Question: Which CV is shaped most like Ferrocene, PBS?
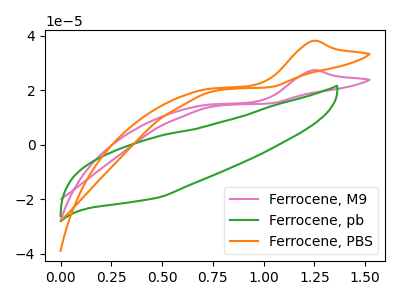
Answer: <think>The pink curve "Ferrocene, M9" has an anodic peak at: (1.25V, 27.40uA). The green curve "Ferrocene, pb" has no peaks. The orange curve "Ferrocene, PBS" has an anodic peak at: (1.25V, 38.15uA).
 "Ferrocene, M9" and "Ferrocene, pb" have a different number of peaks. All the peaks in "Ferrocene, M9" have a peak in "Ferrocene, PBS" at the same potential. Every peak in "Ferrocene, M9" is lower than every peak in "Ferrocene, PBS". "Ferrocene, pb" and "Ferrocene, PBS" have a different number of peaks.</think>
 <answer>The CV with the most similar shape to "Ferrocene, M9" is "Ferrocene, PBS".</answer>
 <eval>"Ferrocene, PBS"</eval>